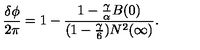
\frac { \delta \phi } { 2 \pi } = 1 - \frac { 1 - \frac { \gamma } { \alpha } B ( 0 ) } { ( 1 - { \frac { \gamma } { 6 } } ) N ^ { 2 } ( \infty ) } .